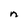
Character: n